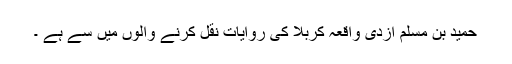
حُمَید بن مسلم ازدی واقعہ کربلا کی روایات نقل کرنے والوں میں سے ہے ۔